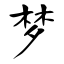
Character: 梦